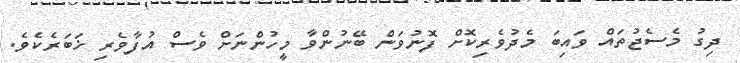
ދިގު މެސެޖުތައް ވައިބަ މެދުވެރިކޮށް ފޮނުވަން ބޭނުންވާ މީހުންނަށް ވެސް އުފާވެރި ޚަބަރެކެވެ.